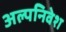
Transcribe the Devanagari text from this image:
अल्पनिवेश